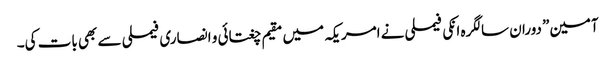
آمین” دوران سالگرہ انکی فیملی نے امریکہ میں مقیم چغتائی و انصاری فیملی سے بھی بات کی۔